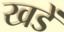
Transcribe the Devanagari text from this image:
खडें